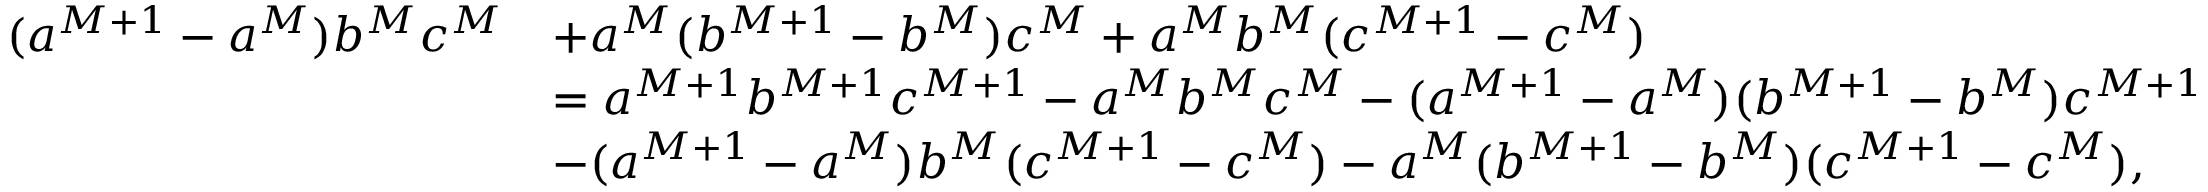
\begin{array} { r l } { ( a ^ { M + 1 } - a ^ { M } ) b ^ { M } c ^ { M } } & { + a ^ { M } ( b ^ { M + 1 } - b ^ { M } ) c ^ { M } + a ^ { M } b ^ { M } ( c ^ { M + 1 } - c ^ { M } ) } \\ & { = a ^ { M + 1 } b ^ { M + 1 } c ^ { M + 1 } - a ^ { M } b ^ { M } c ^ { M } - ( a ^ { M + 1 } - a ^ { M } ) ( b ^ { M + 1 } - b ^ { M } ) c ^ { M + 1 } } \\ & { - ( a ^ { M + 1 } - a ^ { M } ) b ^ { M } ( c ^ { M + 1 } - c ^ { M } ) - a ^ { M } ( b ^ { M + 1 } - b ^ { M } ) ( c ^ { M + 1 } - c ^ { M } ) , } \end{array}